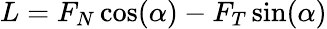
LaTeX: L=F_{N}\cos(\alpha)-F_{T}\sin(\alpha)